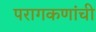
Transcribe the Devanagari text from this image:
परागकणांची